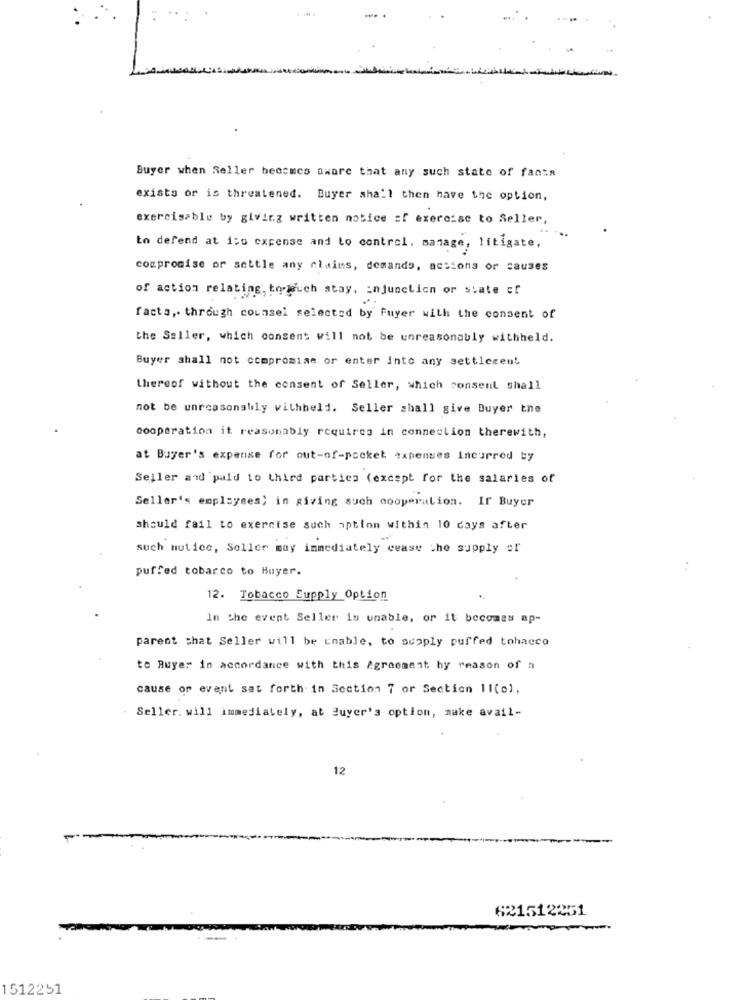
Buyer when Seller becomes aware that any such state of facts
exists or is threatened. Buyer shall then have the option,
exerciseble by giving written notice of exercise to Seller,
to defend at iso expense and lo control, manage, litigate,
compromise or settle any claims, demands, actions or causes
of action relating, torauch stay, injunction or state of
facts, through counsel selected by Fuyer with the consent of
the Seller, which consent will not be unreasonably withheld.
Buyer shall not compromise or enter into any settlement
thereof without the consent of Seller, which consent shall
not be unreasonably withheld. Seller shall give Duyer the
cooperation it reasonably requires in connection therewith,
at Buyer's expense for out-of-pocket expenses incurred by
Seller and paid to third parties (except for the salaries of
Seller's employees) in giving such cooperation. If Buyer
should fail to exercise such aption within 10 days after
such notice, Seller may immediately cease the supply of
puffed tobacco to Huyer.
12. Tobacco Supply Option
Im Che event Seller is unable, or it becomes ap-
parent that Seller will be unable, to supply puffed tohacco
to Buyer in accordance with this Agreement hy reason of a
cause or event sat forth in Section 7 or Section 11(c),
Seller. will immediately, at Buyer's option, make avail-
12
621512251
1512251